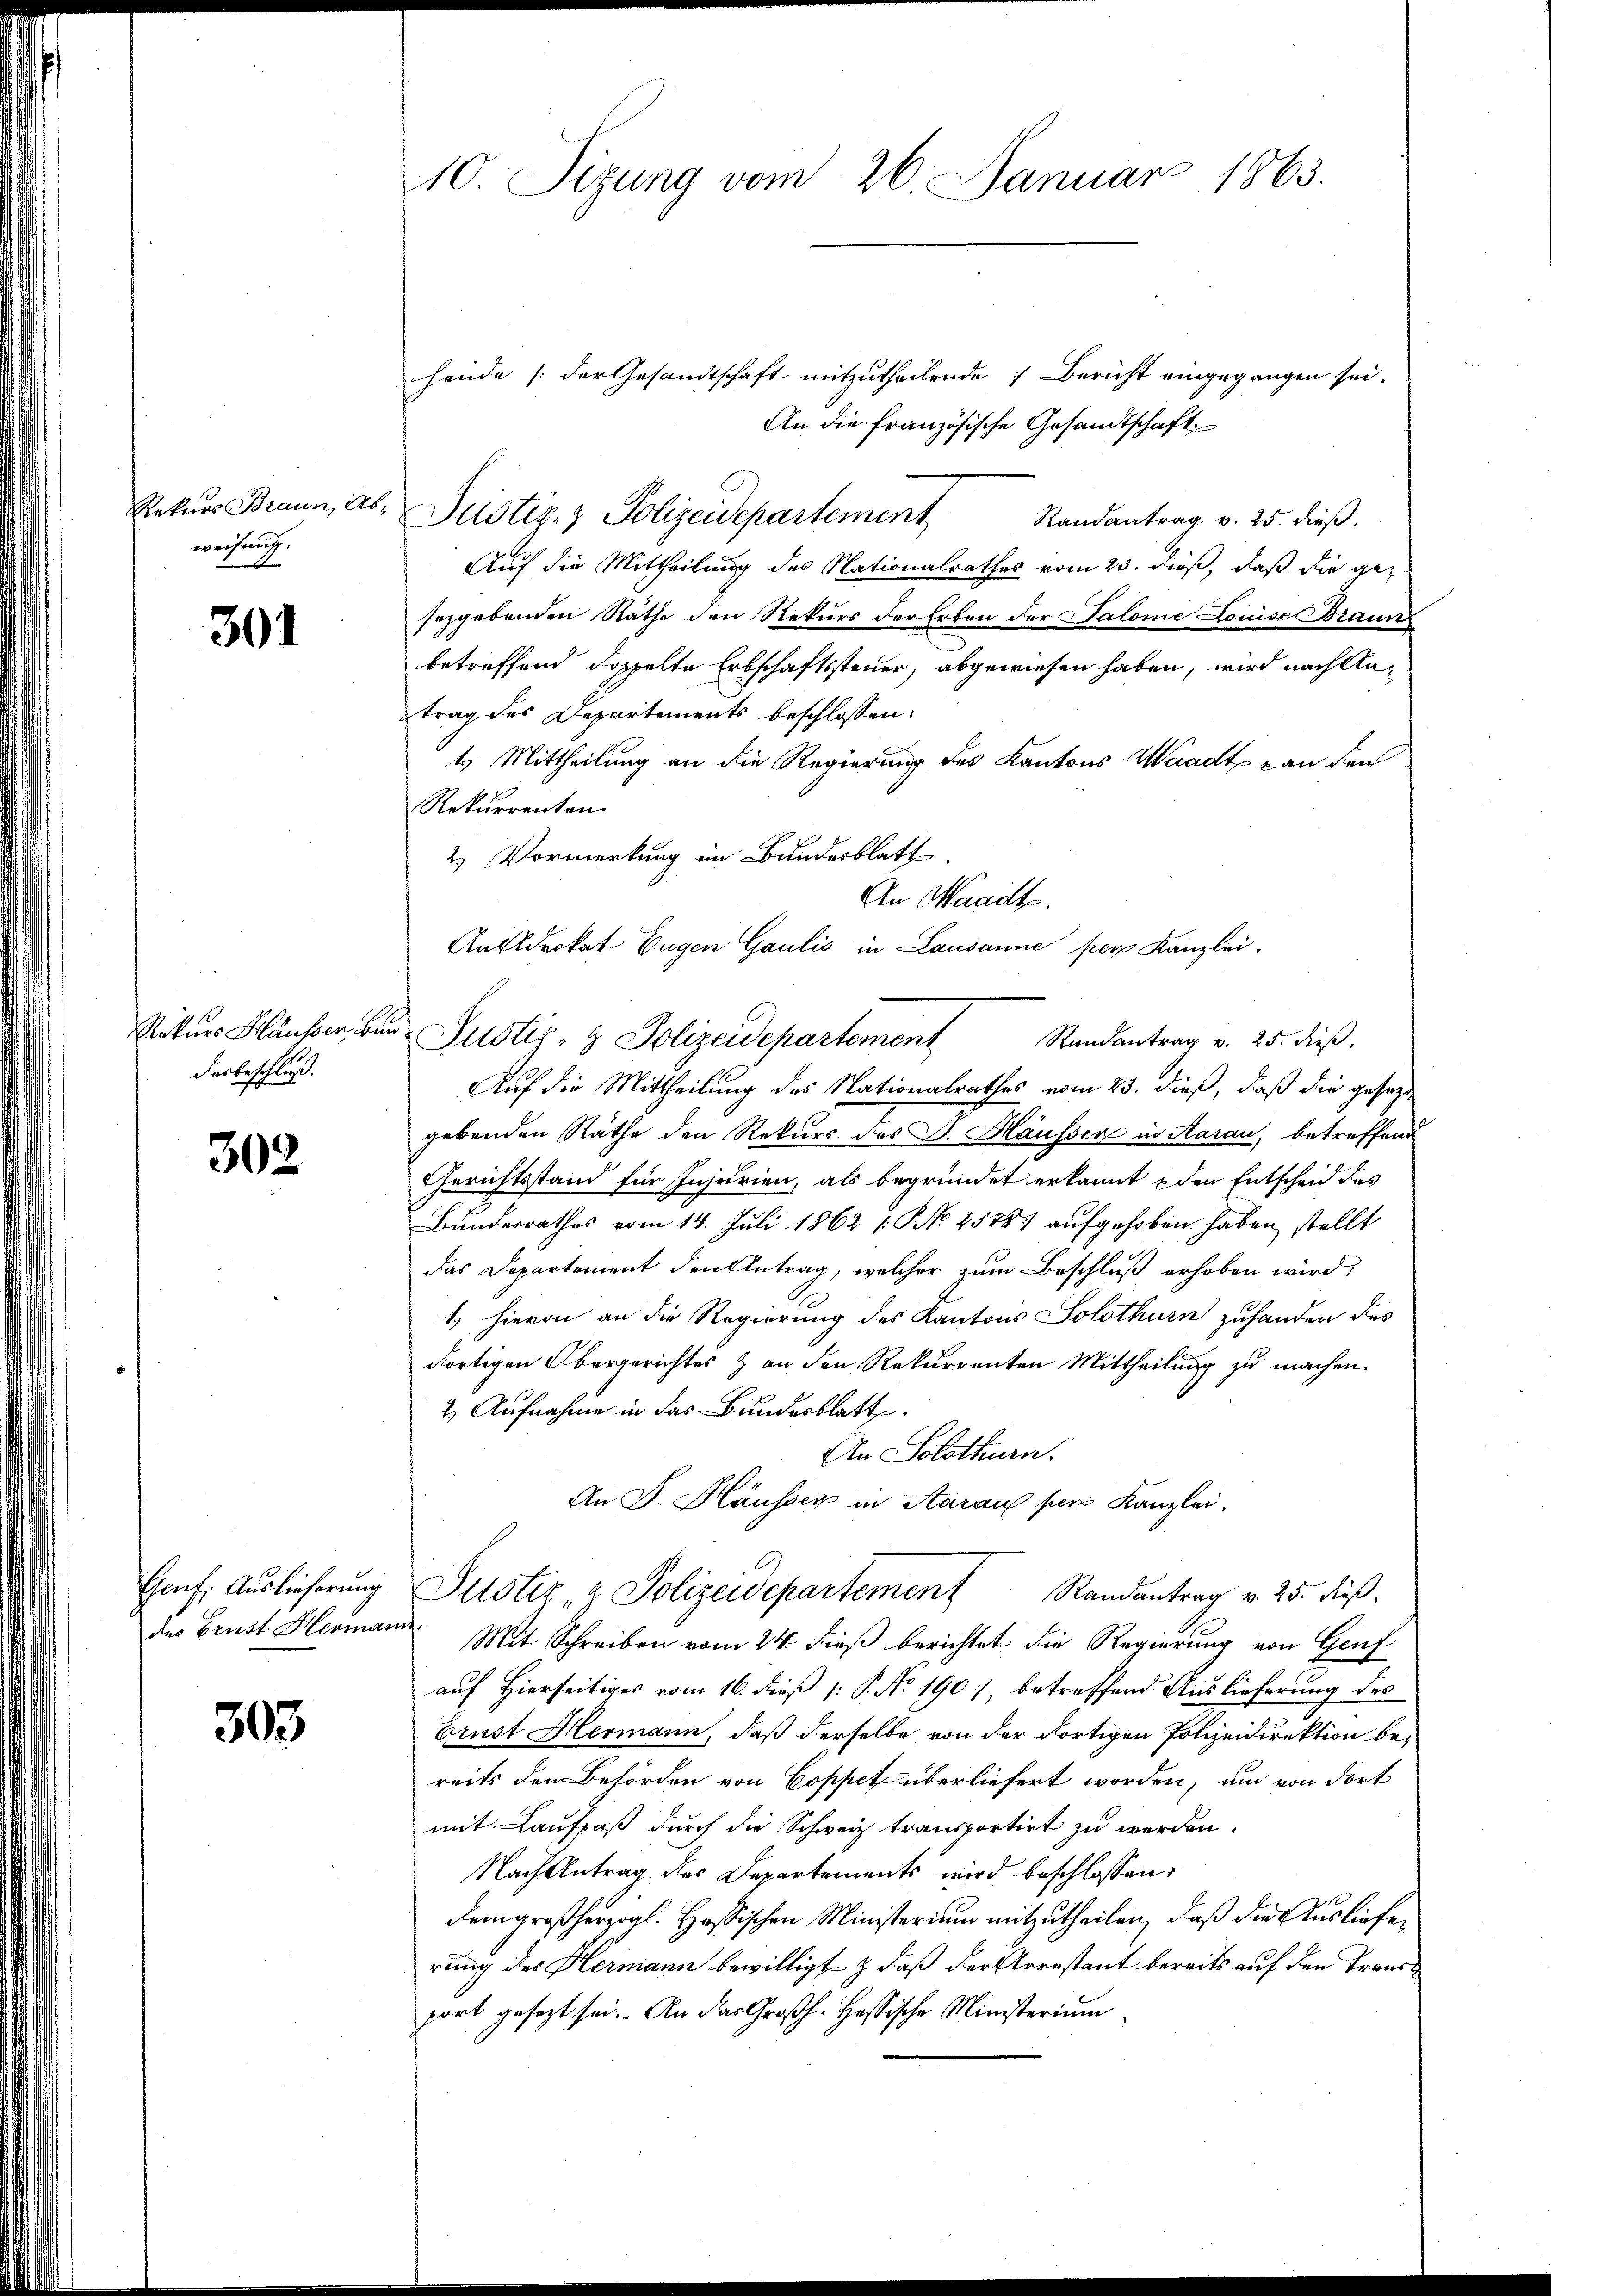
Rekurs Braun, Abweisung.

301

Rekurs Blausser Bun
Dasbeschluß.

302

Genf. Auslieferung
des Brust Hermann.

303

10 Sizung vom 26. Januar 1863.

hende (der Gesandtschaft mitzutheilende Bericht eingegangen sei.
An die französische Gesandtschaft
Justiz- & Polizeidepartement
Randantrag v. 25. dieß.
Auf die Mittheilung des Nationalrathes vom 23. dieß, daß die gesezgebenden Räthe den Rekurs der Erben der Salome Louise Braun
betreffend doppelte Erbschaftssteuer, abgewiesen haben, wird nach Antrag des Departements beschlossen:
1.) Mittheilung an die Regierung des Kantons Waadt an den
Rekurrenten.
2.) Vormerkung im Bundesblatt
An Waadt.
Anfldrokat Eugen Gaulis in Lausanne per Kanzlei.
Justiz- & Polizeidepartement
Auf die Mittheilung des Nationalrathes vom 23. dieß, daß die gesezgebenden Räthe den Rekurs des J. Haussen in Aarau, betreffend
Gerichtsstand für Injurien, als begründet erkannt den Entscheid des
Bundesrathes vom 14. Juli 1862 1. No. 25781 aufgehoben haben stellt
das Departement den Antrag, welcher zum Beschluß erhoben wird,
1.) hievon an die Regierung des Kantons Solothurn zuhanden des
dortigen Obergerichtes & an den Rekurrenten Mittheilung zu machen.
2. Aufnahme in das Bundesblatt.
An Solothurn.
An F. Häusser in Aarau per Kanzlei.
Justiz- & Polizeidepartement Randantrag v. 25. dieß.
Mit Schreiben vom 24. dieß berichtet die Regierung von Genf
auf Hierseitiges vom 16. dieß (: P. No 190, betreffend Auslieferung des
Brust Hermann, daß derselbe von der dortigen Polizeidirektion bereits den Behörden von Coppet überliefert worden, um von dort
mit Lauffaß durch die Schweiz transportirt zu werden.
Nach Antrag des Departements wird beschlossen:
dem großherzogl. Hassischen Ministerium mitzutheilen, daß die Auslieferung des Hermann bewilligt & daß der Arrestant bereits auf den Transport gesezt sei. An das Großh. Hassische Ministerium

Randantrag v. 25. dieß.